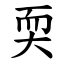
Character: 耎